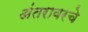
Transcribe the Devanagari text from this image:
अंतरावरचे